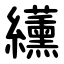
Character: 䌲